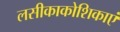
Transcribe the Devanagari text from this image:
लसीकाकोशिकाएं